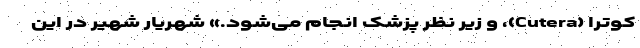
کوتِرا (Cutera)، و زیر نظر پزشک انجام می‌شود.» شهریار شهیر در این